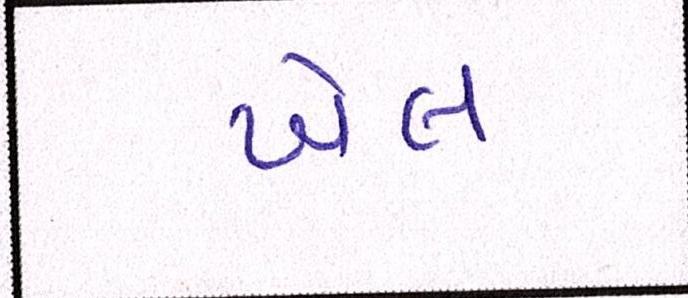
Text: ખેલ